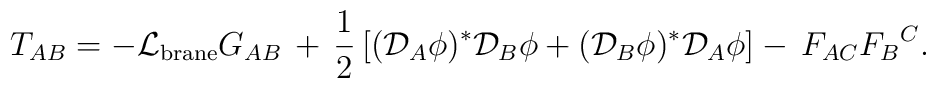
T_{AB}=-{\cal L}_{\rm brane} G_{AB}\,+\, \frac{1}{2}\left[({\cal D}_A\phi)^*{\cal D}_{B}\phi +({\cal D}_B\phi)^*{\cal D}_A\phi\right]-\,F_{AC}{F_B}^{C}.